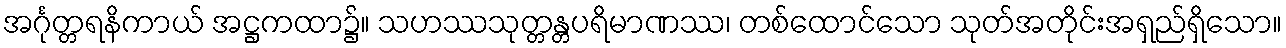
အင်္ဂုတ္တရနိကာယ် အဋ္ဌကထာ၌။ သဟဿသုတ္တန္တပရိမာဏဿ၊ တစ်ထောင်သော သုတ်အတိုင်းအရှည်ရှိသော။